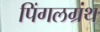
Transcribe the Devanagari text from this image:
पिंगलग्रंथ